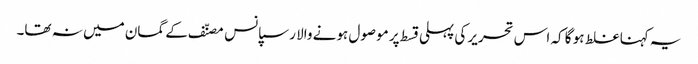
یہ کہنا غلط ہو گا کہ اس تحریر کی پہلی قسط پر موصول ہونے والا رسپانس مصنّف کے گمان میں نہ تھا۔